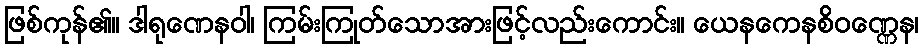
ဖြစ်ကုန်၏။ ဒါရုဏေနဝါ၊ ကြမ်းကြုတ်သောအားဖြင့်လည်းကောင်း။ ယေနကေနစိဝဏ္ဏေန၊